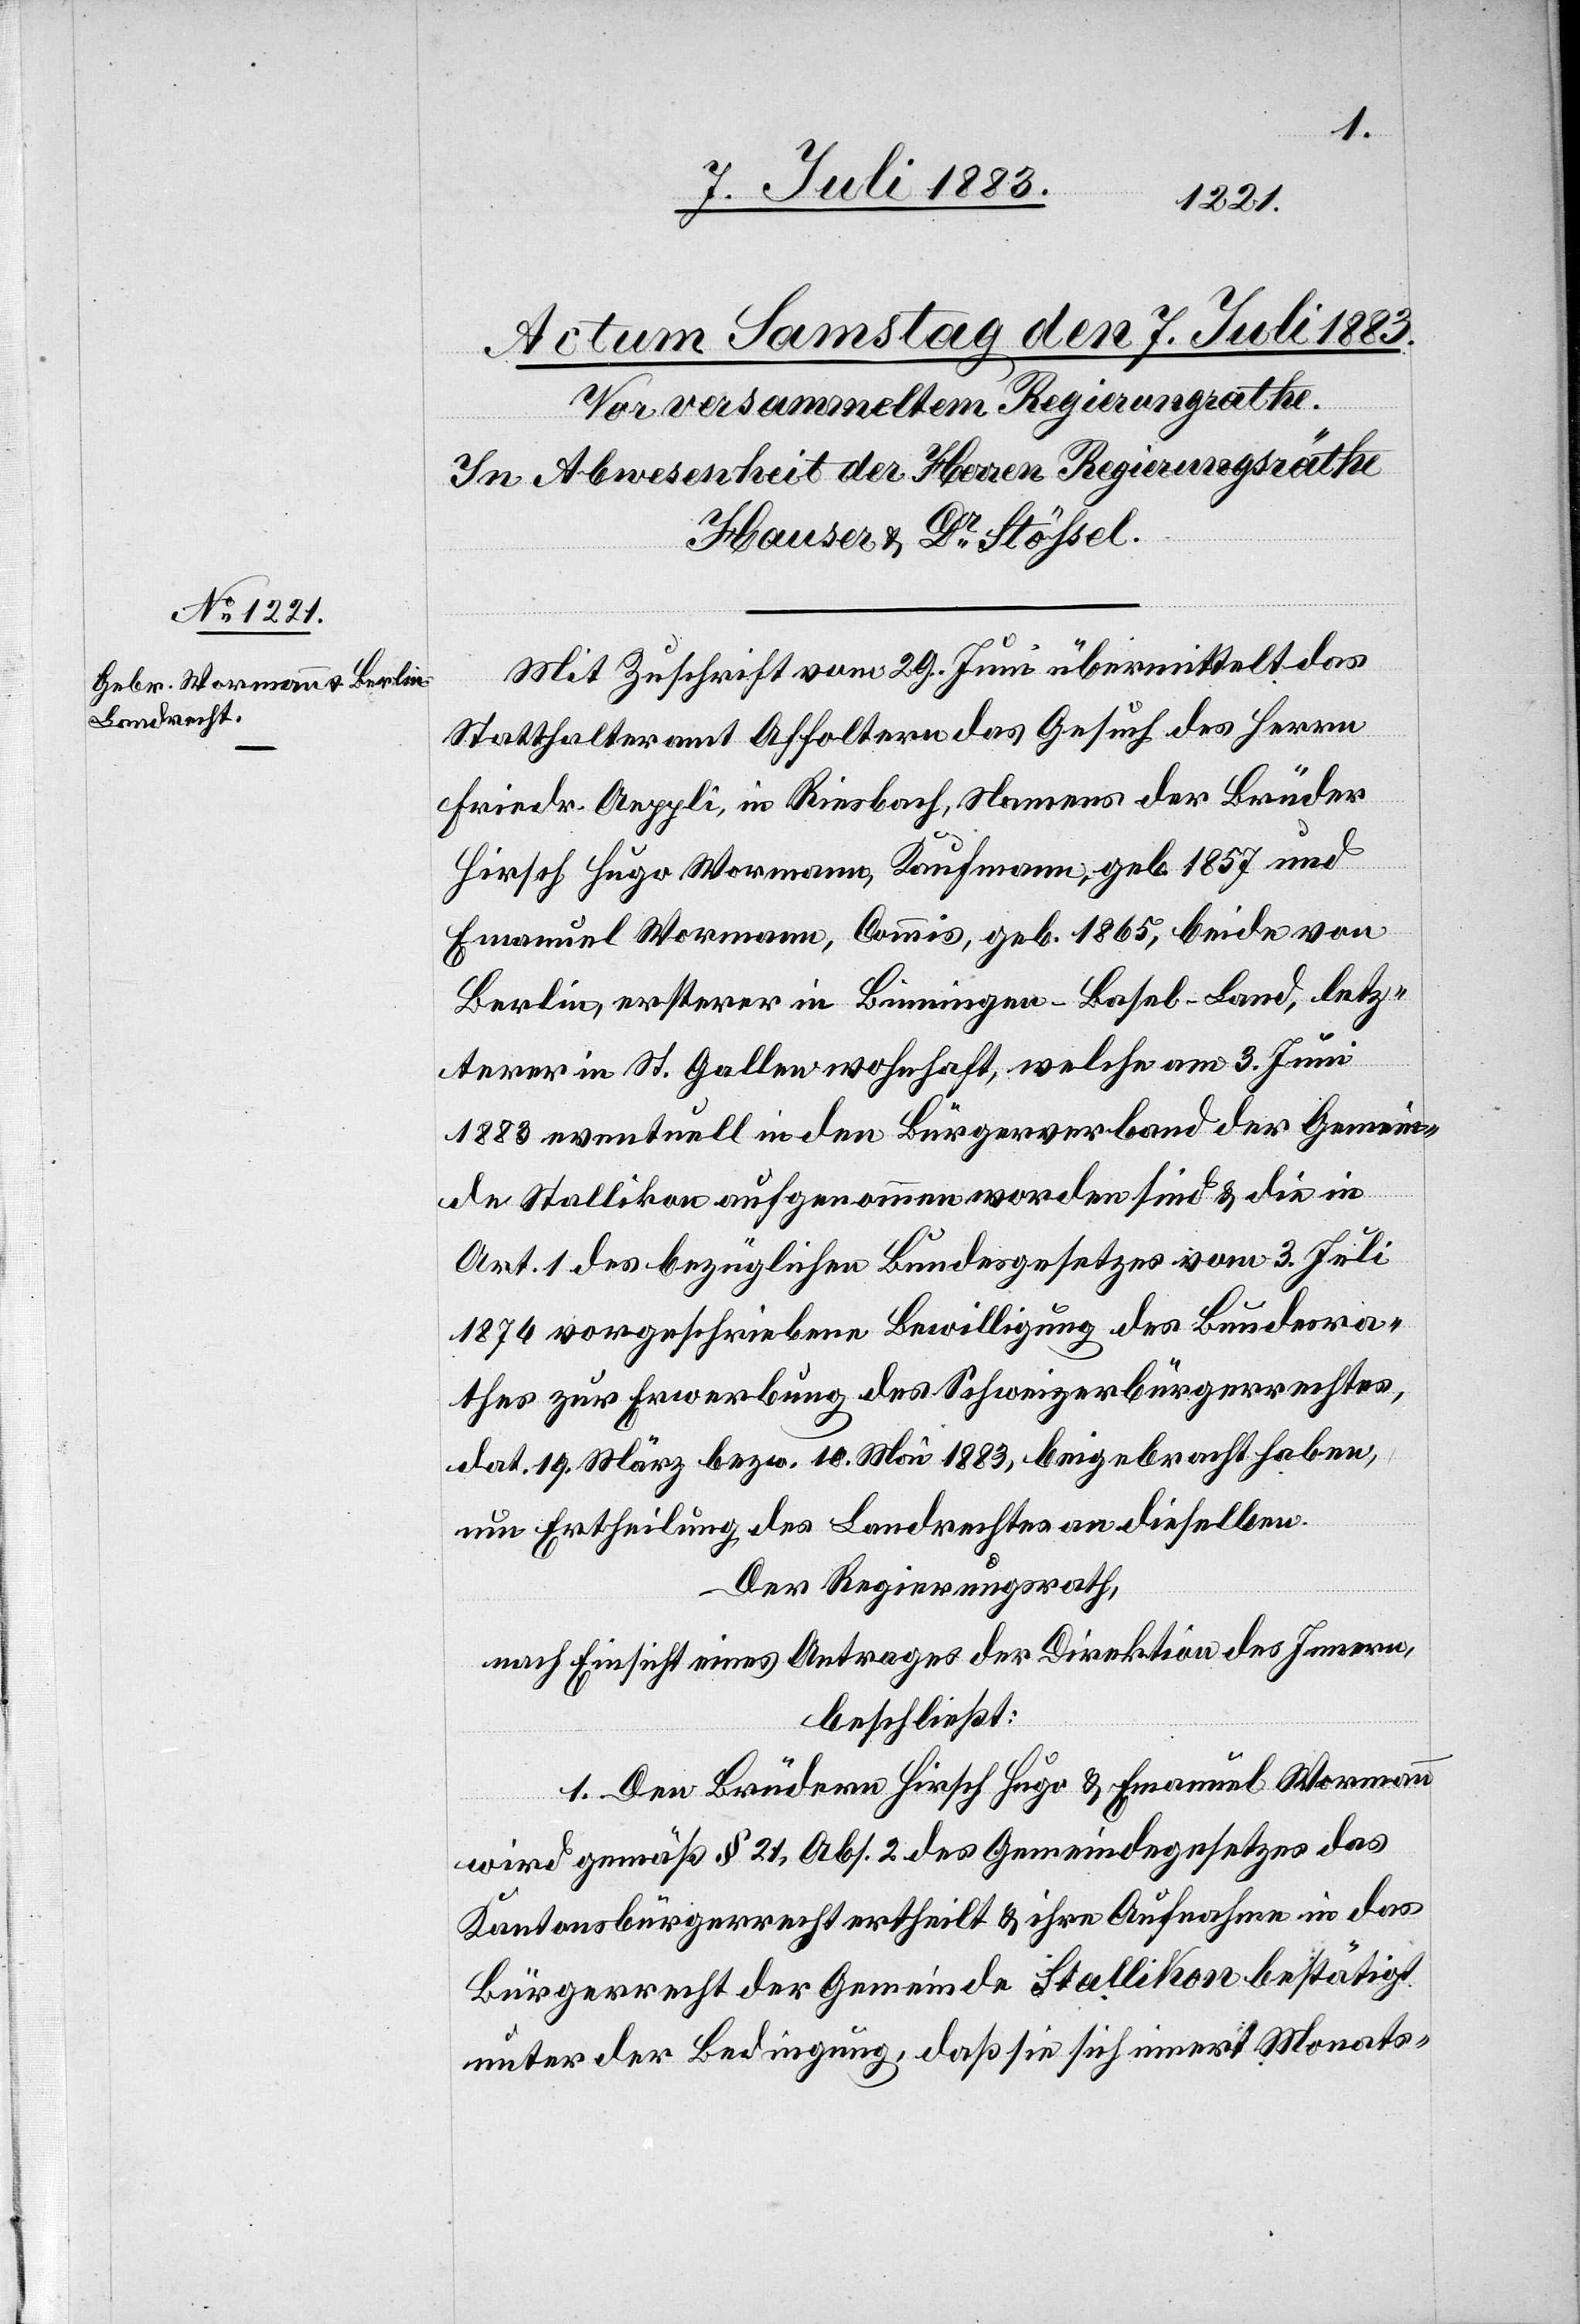
Mit Zuschrift vom 20. Juni übermittelt das
Statthalteramt Affoltern das Gesuch des Herrn
Friedr. Aeppli, in Riesbach, Namens der Brüder
Hirsch Hugo Wormann, Kaufmann, geb. 1857 und
Emanuel Wormann, Commis, geb. 1865, beide von
Berlin, ersterer in Binningen - Basel-Land, letz¬
terer in St. Gallen wohnhaft, welche am 3. Juni
1883 eventuell in den Bürgerstand der Gemein¬
de Stallikon aufgenommen worden sind & die in
Art. 1 des bezüglichen Bundesgesetzes vom 3. Juli
1876 vorgeschriebene Bewilligung des Bundesra¬
thes zur Erwerbung des Schweizerbürgerrechtes,
dat. 19. März bezw. 10. Mai 1883, beigebracht haben,
um Ertheilung des Landrechtes an dieselben.
Der Regierungsrath,
nach Einsicht eines Antrages der Direktion des Innern,
beschließt:
1. Den Brüdern Hirsch Hugo & Emanuel Wormann
wird gemäß § 21, Abs. 2 des Gemeindegesetzes das
Kantonsbürgerrecht ertheilt & ihre Aufnahme in das
Bürgerrecht der Gemeinde Stallikon bestätigt
unter der Bedingung, daß sie sich innert Monats-